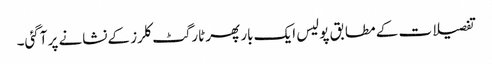
تفصیلات کے مطابق پولیس ایک بار پھر ٹارگٹ کلرز کےنشانے پر آگئی۔